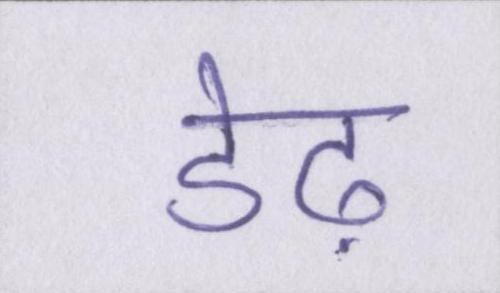
डेढ़